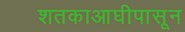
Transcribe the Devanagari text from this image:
शतकाआघीपासून